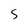
Character: S